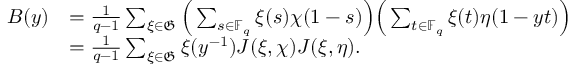
\begin{array} { r l } { B ( y ) } & { = \frac { 1 } { q - 1 } \sum _ { \xi \in \mathfrak { G } } \Big ( \sum _ { s \in \mathbb { F } _ { q } } \xi ( s ) \chi ( 1 - s ) \Big ) \Big ( \sum _ { t \in \mathbb { F } _ { q } } \xi ( t ) \eta ( 1 - y t ) \Big ) } \\ & { = \frac { 1 } { q - 1 } \sum _ { \xi \in \mathfrak { G } } \xi ( y ^ { - 1 } ) J ( \xi , \chi ) J ( \xi , \eta ) . } \end{array}